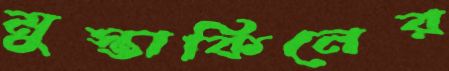
মুস্তাকিনের